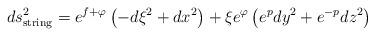
LaTeX: \begin{align*}ds^2_{\rm string}= e^{f+\varphi} \left( -d\xi^2 +dx^2 \right) +\xi e^{\varphi}\left( e^pdy^2 +e^{-p}dz^2 \right)\end{align*}